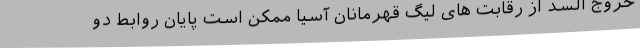
خروج السد از رقابت‌ های لیگ قهرمانان آسیا ممکن است پایان روابط دو